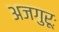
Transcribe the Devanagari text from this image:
अजगुरूः